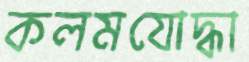
কলমযোদ্ধা